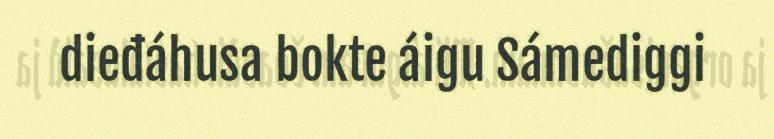
dieđáhusa bokte áigu Sámediggi